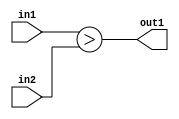
`timescale 1ps / 1ps
/*****************************************************************************
    Verilog RTL Description
    
    
    Created by: CellMath Designer 2019.1.01 
*******************************************************************************/

module DFT_compute_LessThan_2Ux8U_1U_4 (
	in2,
	in1,
	out1
	); /* architecture "behavioural" */ 
input [1:0] in2;
input [7:0] in1;
output  out1;
wire  asc001;

assign asc001 = (in1>in2);

assign out1 = asc001;
endmodule

/* CADENCE  ubDwTgE= : u9/ySgnWtBlWxVPRXgAZ4Og= ** DO NOT EDIT THIS LINE ******/